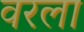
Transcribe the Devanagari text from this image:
वरला